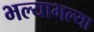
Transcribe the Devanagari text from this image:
भल्याभल्या